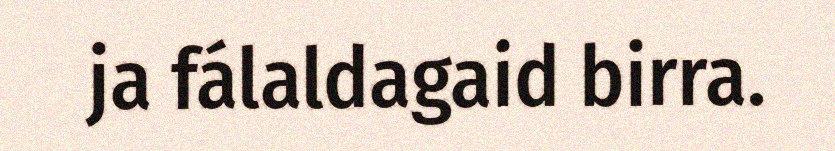
ja fálaldagaid birra.